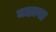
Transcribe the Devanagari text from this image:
मछावा